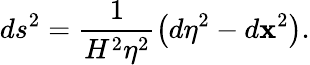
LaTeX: ds^{2}=\frac{1}{H^{2}\eta^{2}}\left(d\eta^{2}-d\mathbf{x}^{2}\right).